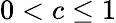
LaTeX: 0<c\leq 1